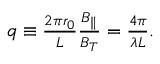
\begin{array} { r } { q \equiv \frac { 2 \pi r _ { 0 } } { L } \frac { B _ { \parallel } } { B _ { T } } = \frac { 4 \pi } { \lambda L } . } \end{array}